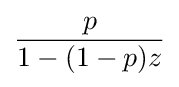
{\frac {p}{1-(1-p)z}}